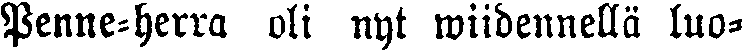
Penne-herra oli nyt wiidennellä luo-